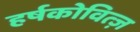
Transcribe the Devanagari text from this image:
हर्षकोवित्ज़